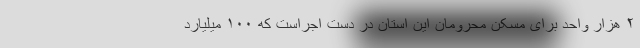
۲ هزار واحد برای مسکن محرومان این استان در دست اجراست که ۱۰۰ میلیارد